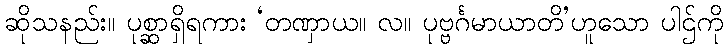
ဆိုသနည်း။ ပုစ္ဆာရှိရကား ‘တဏှာယ။ လ။ ပုဗ္ဗင်္ဂမာယာတိ’ဟူသော ပါဌ်ကို